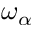
\omega _ { \alpha }